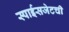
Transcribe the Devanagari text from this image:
स्पाईसजेटची